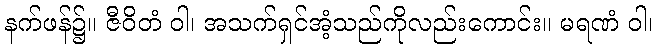
နက်ဖန်၌။ ဇီဝိတံ ဝါ၊ အသက်ရှင်အံ့သည်ကိုလည်းကောင်း။ မရဏံ ဝါ၊